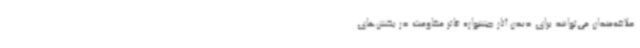
علاقه‌مندان می‌توانند برای دیدن آثار جشنواره تئاتر مقاومت در بخش‌های